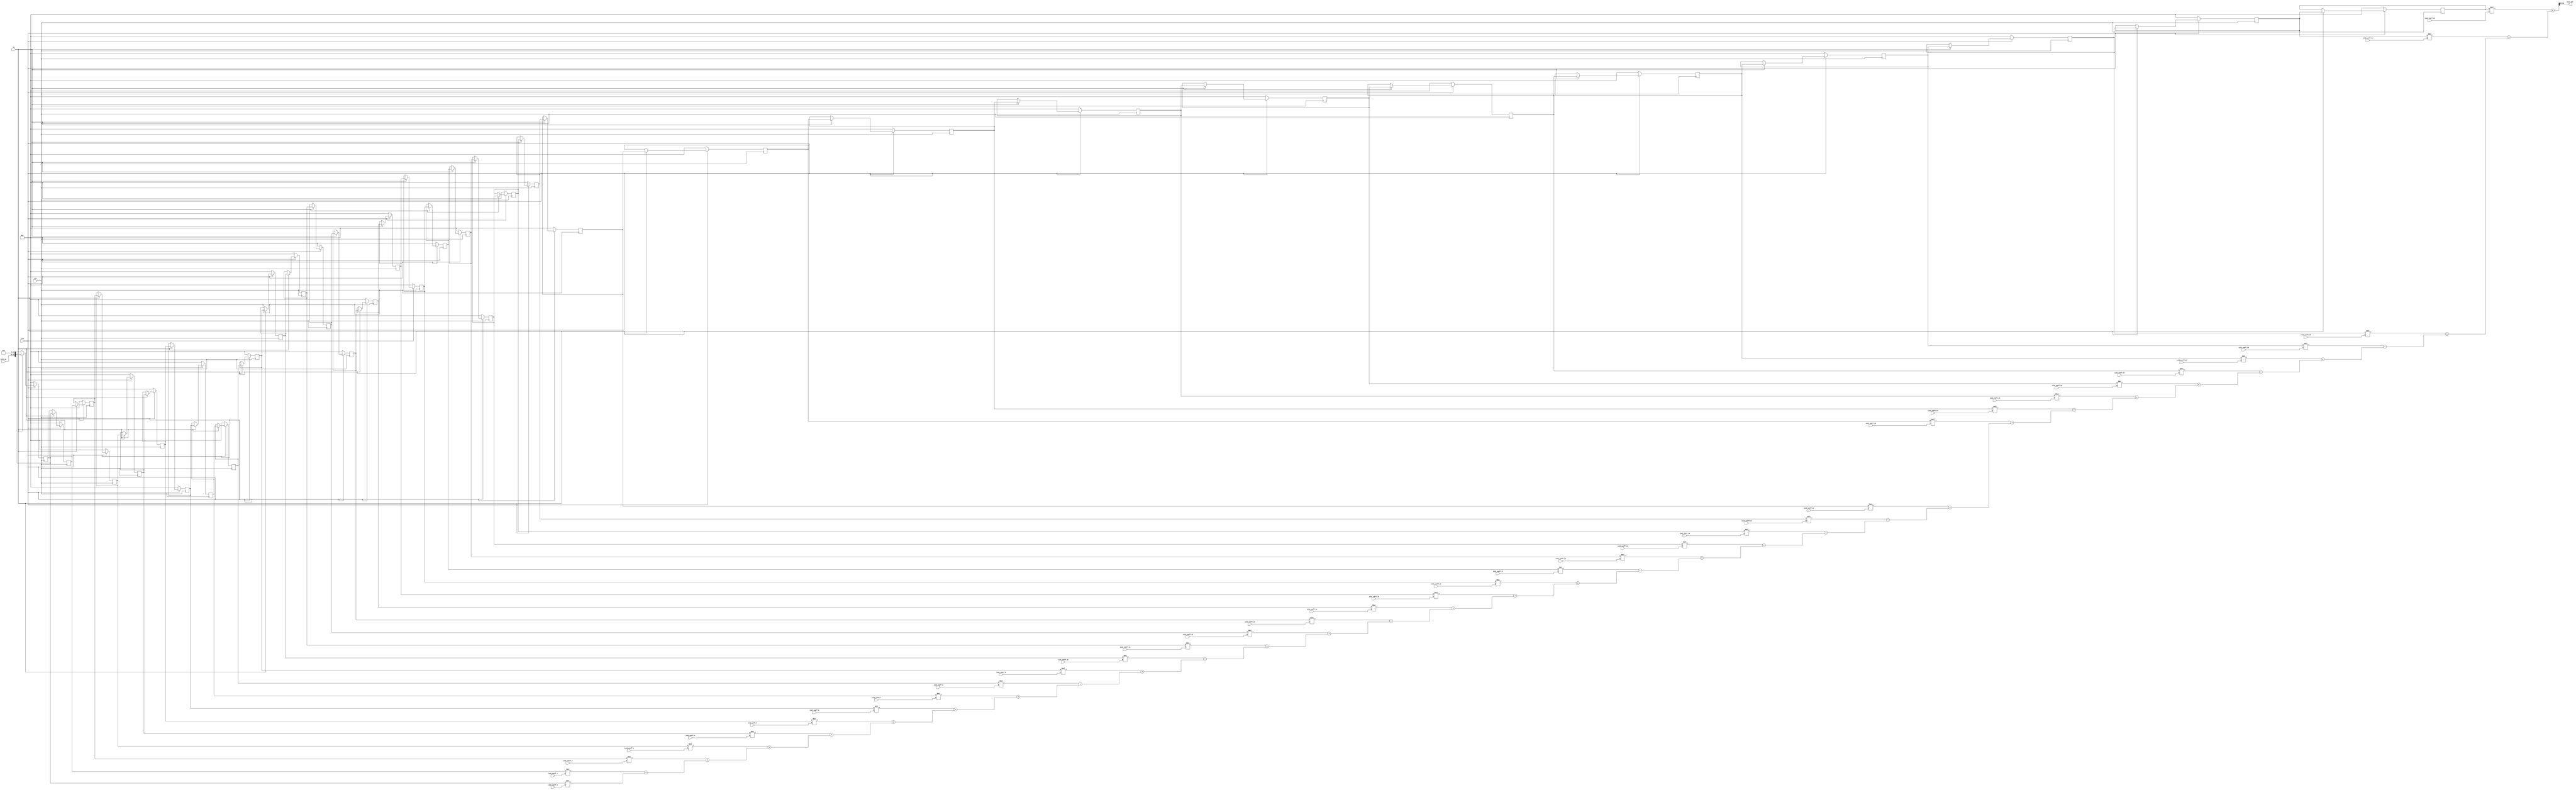
/**
  Module name:  fir8_14b
  Author: P Trujillo (pablo@controlpaths.com)
  Date: May 2020
  Description: 8th order FIR filter. 14 bits width
  Revision: 1.0 Module created
**/

module fir32_14b_v1_0 (
  input clk,
  input rstn,
  input ce,

  input signed [31:0] is32_coeff_0, /* FIR filter coefficient*/
  input signed [31:0] is32_coeff_1, /* FIR filter coefficient*/
  input signed [31:0] is32_coeff_2, /* FIR filter coefficient*/
  input signed [31:0] is32_coeff_3, /* FIR filter coefficient*/
  input signed [31:0] is32_coeff_4, /* FIR filter coefficient*/
  input signed [31:0] is32_coeff_5, /* FIR filter coefficient*/
  input signed [31:0] is32_coeff_6, /* FIR filter coefficient*/
  input signed [31:0] is32_coeff_7, /* FIR filter coefficient*/
  input signed [31:0] is32_coeff_8, /* FIR filter coefficient*/
  input signed [31:0] is32_coeff_9, /* FIR filter coefficient*/
  input signed [31:0] is32_coeff_10, /* FIR filter coefficient*/
  input signed [31:0] is32_coeff_11, /* FIR filter coefficient*/
  input signed [31:0] is32_coeff_12, /* FIR filter coefficient*/
  input signed [31:0] is32_coeff_13, /* FIR filter coefficient*/
  input signed [31:0] is32_coeff_14, /* FIR filter coefficient*/
  input signed [31:0] is32_coeff_15, /* FIR filter coefficient*/
  input signed [31:0] is32_coeff_16, /* FIR filter coefficient*/
  input signed [31:0] is32_coeff_17, /* FIR filter coefficient*/
  input signed [31:0] is32_coeff_18, /* FIR filter coefficient*/
  input signed [31:0] is32_coeff_19, /* FIR filter coefficient*/
  input signed [31:0] is32_coeff_20, /* FIR filter coefficient*/
  input signed [31:0] is32_coeff_21, /* FIR filter coefficient*/
  input signed [31:0] is32_coeff_22, /* FIR filter coefficient*/
  input signed [31:0] is32_coeff_23, /* FIR filter coefficient*/
  input signed [31:0] is32_coeff_24, /* FIR filter coefficient*/
  input signed [31:0] is32_coeff_25, /* FIR filter coefficient*/
  input signed [31:0] is32_coeff_26, /* FIR filter coefficient*/
  input signed [31:0] is32_coeff_27, /* FIR filter coefficient*/
  input signed [31:0] is32_coeff_28, /* FIR filter coefficient*/
  input signed [31:0] is32_coeff_29, /* FIR filter coefficient*/
  input signed [31:0] is32_coeff_30, /* FIR filter coefficient*/
  input signed [31:0] is32_coeff_31, /* FIR filter coefficient*/
  input signed [31:0] is32_coeff_32, /* FIR filter coefficient*/

  input signed [13:0] is14_in, /* Filter input */
  output signed [13:0] os14_out /* Filter output */
  );

  reg signed [31:0] rs32_pipe [32:0]; /* Pipeline registers */
  wire signed [(32*2)-1:0] ws64_pipe_coeff [32:0]; /* Multipliers results*/

  /*  Pipeline */
  always @(posedge clk)
    if (!rstn) begin
      rs32_pipe[0] <= 32'd0;
      rs32_pipe[1] <= 32'd0;
      rs32_pipe[2] <= 32'd0;
      rs32_pipe[3] <= 32'd0;
      rs32_pipe[4] <= 32'd0;
      rs32_pipe[5] <= 32'd0;
      rs32_pipe[6] <= 32'd0;
      rs32_pipe[7] <= 32'd0;
      rs32_pipe[8] <= 32'd0;
      rs32_pipe[9] <= 32'd0;
      rs32_pipe[10] <= 32'd0;
      rs32_pipe[11] <= 32'd0;
      rs32_pipe[12] <= 32'd0;
      rs32_pipe[13] <= 32'd0;
      rs32_pipe[14] <= 32'd0;
      rs32_pipe[15] <= 32'd0;
      rs32_pipe[16] <= 32'd0;
      rs32_pipe[17] <= 32'd0;
      rs32_pipe[18] <= 32'd0;
      rs32_pipe[19] <= 32'd0;
      rs32_pipe[20] <= 32'd0;
      rs32_pipe[21] <= 32'd0;
      rs32_pipe[22] <= 32'd0;
      rs32_pipe[23] <= 32'd0;
      rs32_pipe[24] <= 32'd0;
      rs32_pipe[25] <= 32'd0;
      rs32_pipe[26] <= 32'd0;
      rs32_pipe[27] <= 32'd0;
      rs32_pipe[28] <= 32'd0;
      rs32_pipe[29] <= 32'd0;
      rs32_pipe[30] <= 32'd0;
      rs32_pipe[31] <= 32'd0;
      rs32_pipe[32] <= 32'd0;

    end
    else
      if (ce) begin
        rs32_pipe[0] <= {is14_in, 18'd0}; /* Input signal shifted (coefficient_decimal_width - io_decimal_width) = 31-13*/
        rs32_pipe[1] <= rs32_pipe[0];
        rs32_pipe[2] <= rs32_pipe[1];
        rs32_pipe[3] <= rs32_pipe[2];
        rs32_pipe[4] <= rs32_pipe[3];
        rs32_pipe[5] <= rs32_pipe[4];
        rs32_pipe[6] <= rs32_pipe[5];
        rs32_pipe[7] <= rs32_pipe[6];
        rs32_pipe[8] <= rs32_pipe[7];
        rs32_pipe[9] <= rs32_pipe[8];
        rs32_pipe[10] <= rs32_pipe[9];
        rs32_pipe[11] <= rs32_pipe[10];
        rs32_pipe[12] <= rs32_pipe[11];
        rs32_pipe[13] <= rs32_pipe[12];
        rs32_pipe[14] <= rs32_pipe[13];
        rs32_pipe[15] <= rs32_pipe[14];
        rs32_pipe[16] <= rs32_pipe[15];
        rs32_pipe[17] <= rs32_pipe[16];
        rs32_pipe[18] <= rs32_pipe[17];
        rs32_pipe[19] <= rs32_pipe[18];
        rs32_pipe[20] <= rs32_pipe[19];
        rs32_pipe[21] <= rs32_pipe[20];
        rs32_pipe[22] <= rs32_pipe[21];
        rs32_pipe[23] <= rs32_pipe[22];
        rs32_pipe[24] <= rs32_pipe[23];
        rs32_pipe[25] <= rs32_pipe[24];
        rs32_pipe[26] <= rs32_pipe[25];
        rs32_pipe[27] <= rs32_pipe[26];
        rs32_pipe[28] <= rs32_pipe[27];
        rs32_pipe[29] <= rs32_pipe[28];
        rs32_pipe[30] <= rs32_pipe[29];
        rs32_pipe[31] <= rs32_pipe[30];
        rs32_pipe[32] <= rs32_pipe[31];
      end

  /* Multiplier-Accumulator (MAC) structure */
  assign ws64_pipe_coeff[0] = rs32_pipe[0]*is32_coeff_0;
  assign ws64_pipe_coeff[1] = rs32_pipe[1]*is32_coeff_1+ws64_pipe_coeff[0];
  assign ws64_pipe_coeff[2] = rs32_pipe[2]*is32_coeff_2+ws64_pipe_coeff[1];
  assign ws64_pipe_coeff[3] = rs32_pipe[3]*is32_coeff_3+ws64_pipe_coeff[2];
  assign ws64_pipe_coeff[4] = rs32_pipe[4]*is32_coeff_4+ws64_pipe_coeff[3];
  assign ws64_pipe_coeff[5] = rs32_pipe[5]*is32_coeff_5+ws64_pipe_coeff[4];
  assign ws64_pipe_coeff[6] = rs32_pipe[6]*is32_coeff_6+ws64_pipe_coeff[5];
  assign ws64_pipe_coeff[7] = rs32_pipe[7]*is32_coeff_7+ws64_pipe_coeff[6];
  assign ws64_pipe_coeff[8] = rs32_pipe[8]*is32_coeff_8+ws64_pipe_coeff[7];
  assign ws64_pipe_coeff[9] = rs32_pipe[9]*is32_coeff_9+ws64_pipe_coeff[8];
  assign ws64_pipe_coeff[10] = rs32_pipe[10]*is32_coeff_10+ws64_pipe_coeff[9];
  assign ws64_pipe_coeff[11] = rs32_pipe[11]*is32_coeff_11+ws64_pipe_coeff[10];
  assign ws64_pipe_coeff[12] = rs32_pipe[12]*is32_coeff_12+ws64_pipe_coeff[11];
  assign ws64_pipe_coeff[13] = rs32_pipe[13]*is32_coeff_13+ws64_pipe_coeff[12];
  assign ws64_pipe_coeff[14] = rs32_pipe[14]*is32_coeff_14+ws64_pipe_coeff[13];
  assign ws64_pipe_coeff[15] = rs32_pipe[15]*is32_coeff_15+ws64_pipe_coeff[14];
  assign ws64_pipe_coeff[16] = rs32_pipe[16]*is32_coeff_16+ws64_pipe_coeff[15];
  assign ws64_pipe_coeff[17] = rs32_pipe[17]*is32_coeff_17+ws64_pipe_coeff[16];
  assign ws64_pipe_coeff[18] = rs32_pipe[18]*is32_coeff_18+ws64_pipe_coeff[17];
  assign ws64_pipe_coeff[19] = rs32_pipe[19]*is32_coeff_19+ws64_pipe_coeff[18];
  assign ws64_pipe_coeff[20] = rs32_pipe[20]*is32_coeff_20+ws64_pipe_coeff[19];
  assign ws64_pipe_coeff[21] = rs32_pipe[21]*is32_coeff_21+ws64_pipe_coeff[20];
  assign ws64_pipe_coeff[22] = rs32_pipe[22]*is32_coeff_22+ws64_pipe_coeff[21];
  assign ws64_pipe_coeff[23] = rs32_pipe[23]*is32_coeff_23+ws64_pipe_coeff[22];
  assign ws64_pipe_coeff[24] = rs32_pipe[24]*is32_coeff_24+ws64_pipe_coeff[23];
  assign ws64_pipe_coeff[25] = rs32_pipe[25]*is32_coeff_25+ws64_pipe_coeff[24];
  assign ws64_pipe_coeff[26] = rs32_pipe[26]*is32_coeff_26+ws64_pipe_coeff[25];
  assign ws64_pipe_coeff[27] = rs32_pipe[27]*is32_coeff_27+ws64_pipe_coeff[26];
  assign ws64_pipe_coeff[28] = rs32_pipe[28]*is32_coeff_28+ws64_pipe_coeff[27];
  assign ws64_pipe_coeff[29] = rs32_pipe[29]*is32_coeff_29+ws64_pipe_coeff[28];
  assign ws64_pipe_coeff[30] = rs32_pipe[30]*is32_coeff_30+ws64_pipe_coeff[29];
  assign ws64_pipe_coeff[31] = rs32_pipe[31]*is32_coeff_31+ws64_pipe_coeff[30];
  assign ws64_pipe_coeff[32] = rs32_pipe[32]*is32_coeff_32+ws64_pipe_coeff[31];

  assign os14_out = (ws64_pipe_coeff[32]>>>(63-14));

endmodule